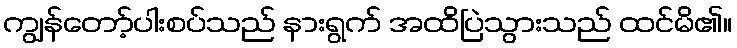
ကျွန်တော့်ပါးစပ်သည် နားရွက် အထိပြဲသွားသည် ထင်မိ၏။